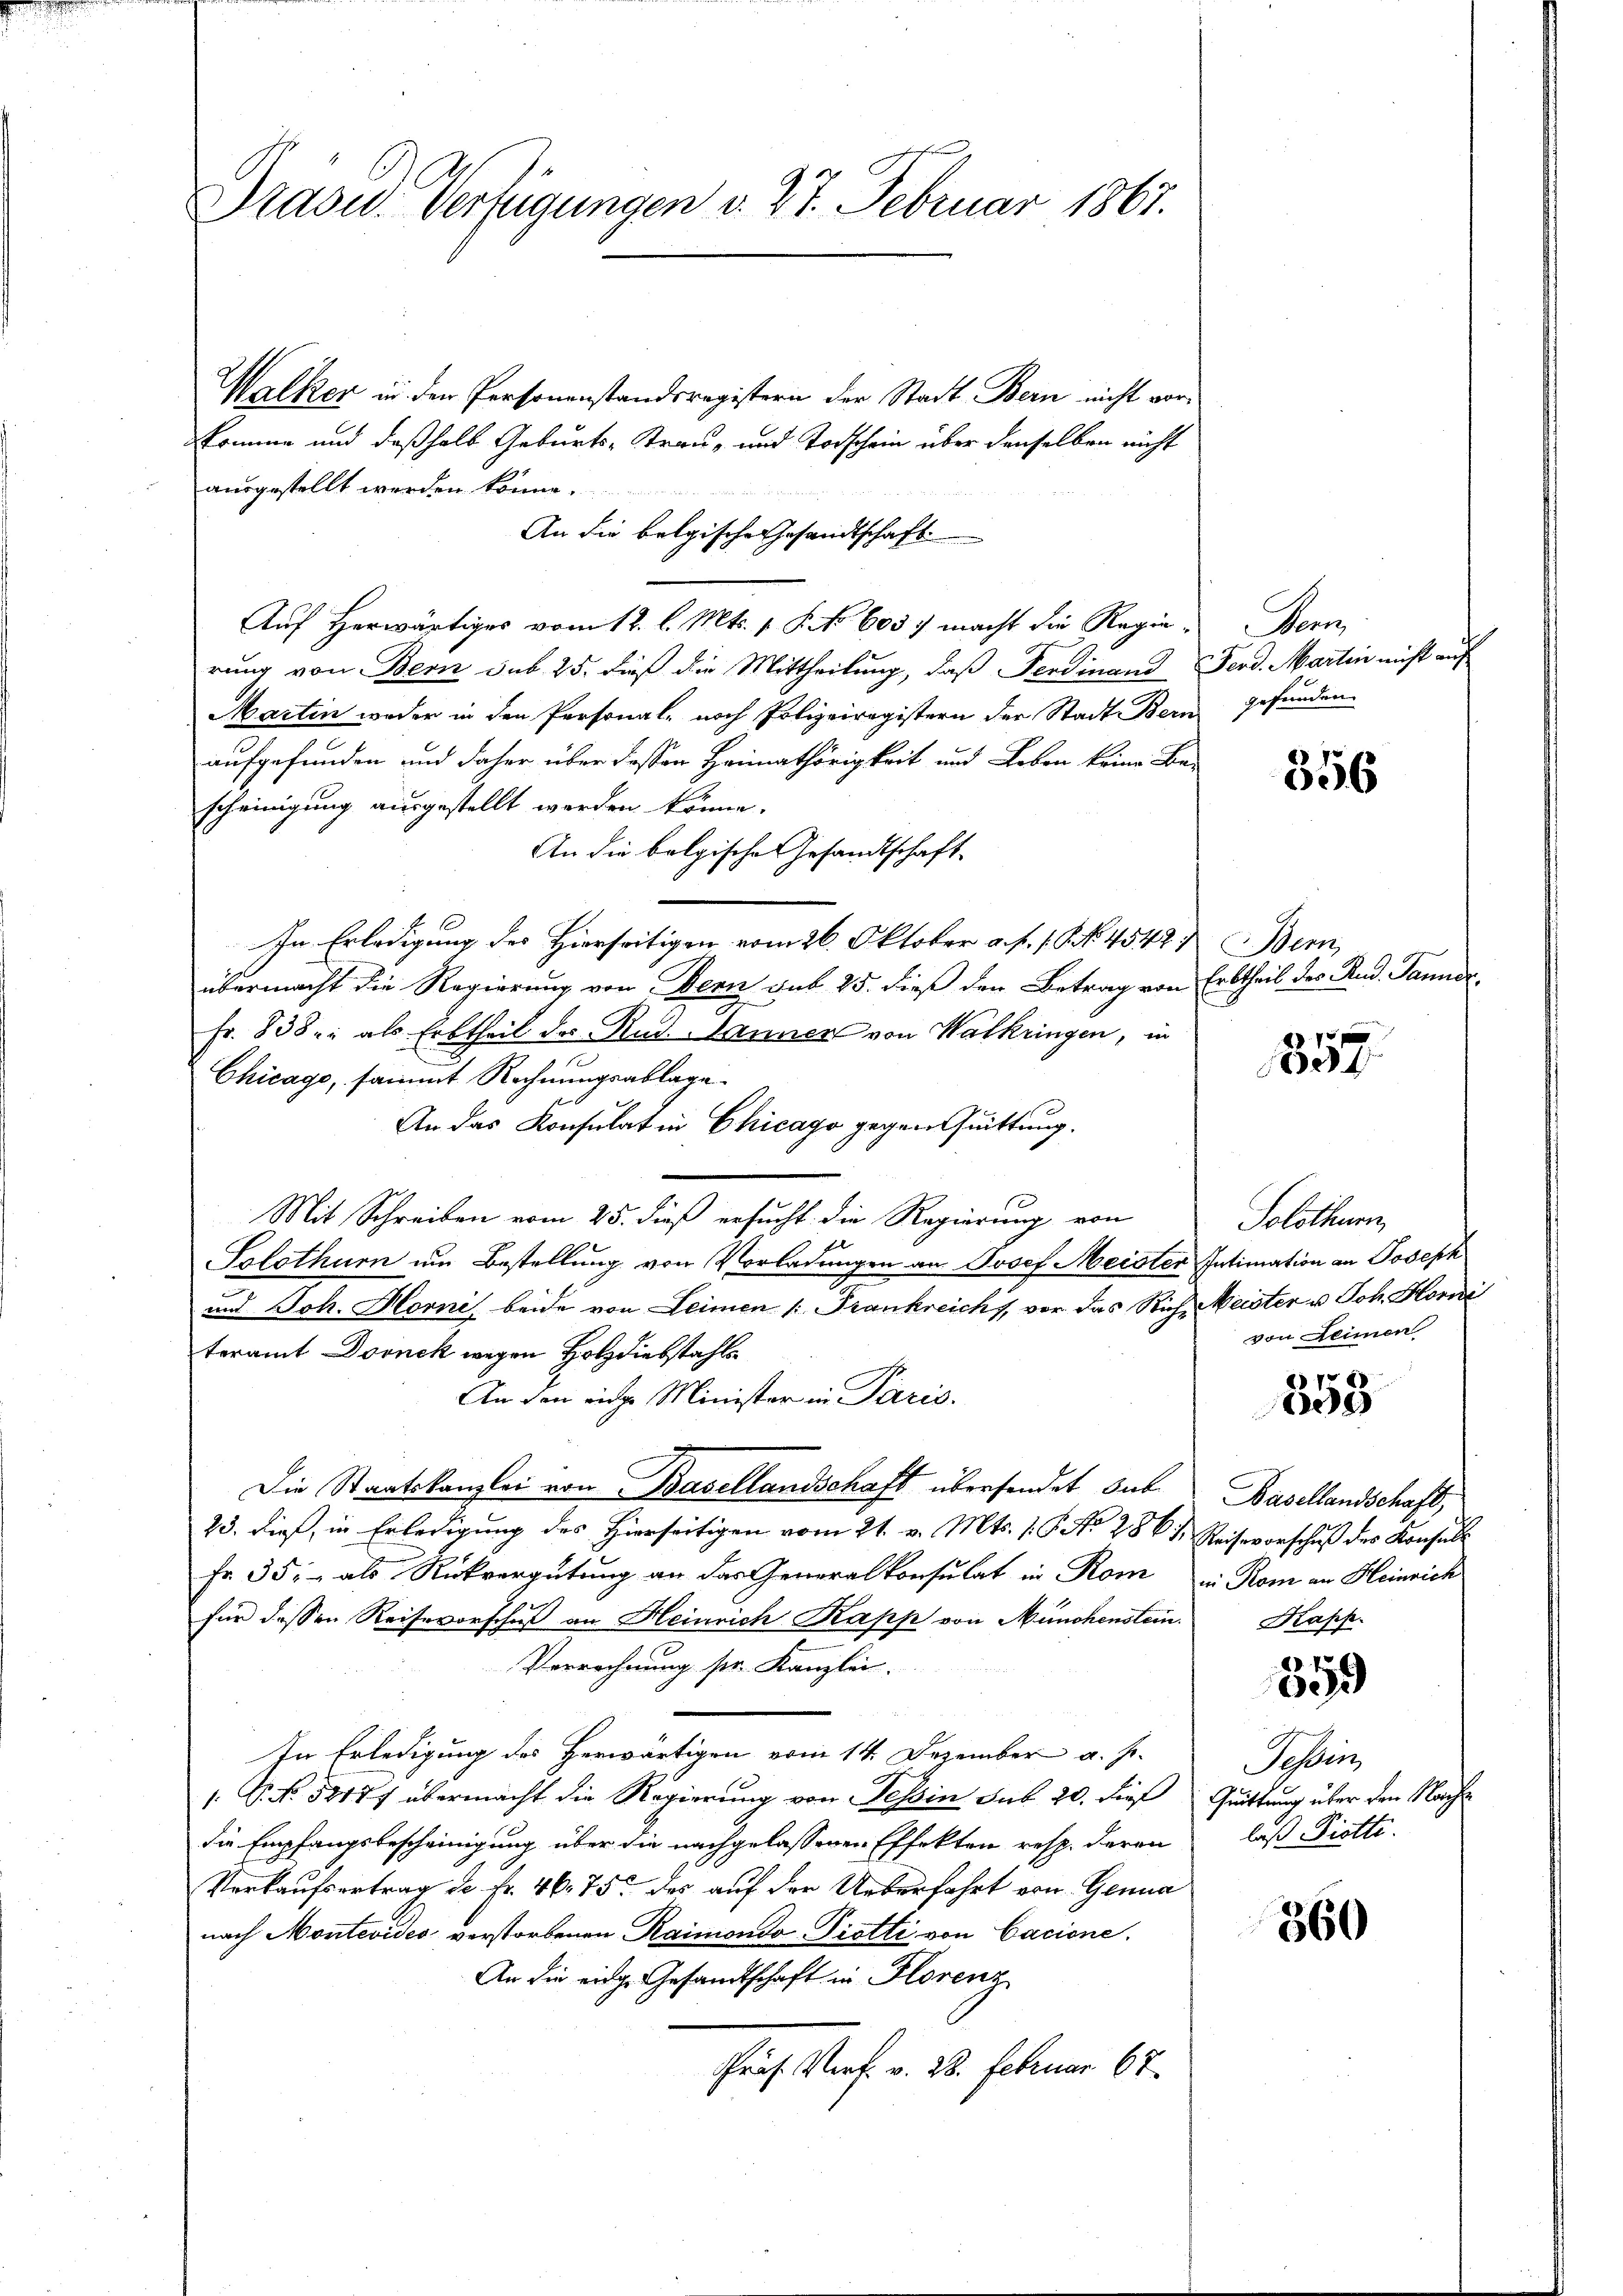
Präsid. Verfügungen v. 27. Februar 1867.

Walker in den Personenstandsregistern der Stadt Bern nicht vorskomme und deßhalb Geburts-Trau- und Todschein über denselben nicht
ausgestellt werden könne.
An die belgische Gesandtschaft
Auf Herwärtiges vom 12. l. Mts. 1. P. No 603. macht die Regierung von Bern sub 25. dieß die Mittheilung, daß Ferdinand Ferd. Martin nicht auf
Martin weder in den Personal- noch Polizeiregistern der Stadt Bern
aufgefunden und daher über dassen Heimathörigkeit und Leben keine Be-
scheinigung ausgestellt werden könne.
An die belgische Gesandtschaft
In Erledigung des Hierseitigen vom 26. Oktober a. f. 1. No. 4542;
übermacht die Regierung von Denn sub 25. dieß den Betrag von Erbtheil des Rud. Jannde
Fr. 838; als Erbtheil der Rud. Manner von Walkringen, in
u
Chicago, sammt Rechnungsablage
An das Konsulat in Chicago gegentuittung.
Mit Schreiben vom 25. dieß ersucht die Regierung von
Solothurn um Bestellung von Vorladungen an Josef Meister Intimation an Joseph
und Joh. Horni, beide von Leimen /: Frankreichs, vor das Riche Meister u Joh. Horni
teramt Dornek wegen Holzdiebstahls
An den eine Minister in Paris.
Die Staatskanzlei von Basellandschaft übersendet sub
25. dieß, in Erledigung des Hierseitigen vom 21. v. Mts. 1. P. No. 286 u. Reisevorschuß des Konsul
Fr. 35. - als Rückvergütung an das Generalkonsulat in Rom in Rom an Heinrich
für dessen Reisevorschuß an Heinrich Kapp von Münchenstein. Kapp
Verrechnung pr. Kanzlei.
In Erledigung des Herwärtigen vom 14. Dezember a. h.
/: P. No. 58177 übermacht die Regierung von Tessin sub 20. dieß Guittung über den Nachdie Empfangsbescheinigung über die nachgelassenen Effekten resp. deren
Vorkaufsertrag de fr. 46 75 des auf der Ueberfahrt von Genua
nach Montevides verstorbenen Raimondo-Piotti von Cacione.
An die eidg. Gesandtschaft in Florenz
Präs. Verf. v. 28. Februar 67.

Kenn
gefunden.

556

Wern

1859.

Solothurn,
von Deinen

858

Basellandschaft,

8
059

Tessin,
laß Piotti.

360